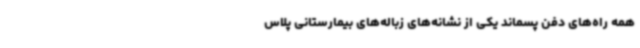
همه راه‌های دفن پسماند یکی از نشانه‌های زباله‌های بیمارستانی پلاس